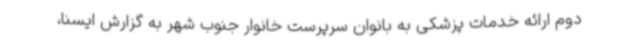
دوم ارائه خدمات پزشکی به بانوان سرپرست خانوار جنوب شهر به گزارش ایسنا،